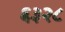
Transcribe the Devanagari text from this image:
६३२८